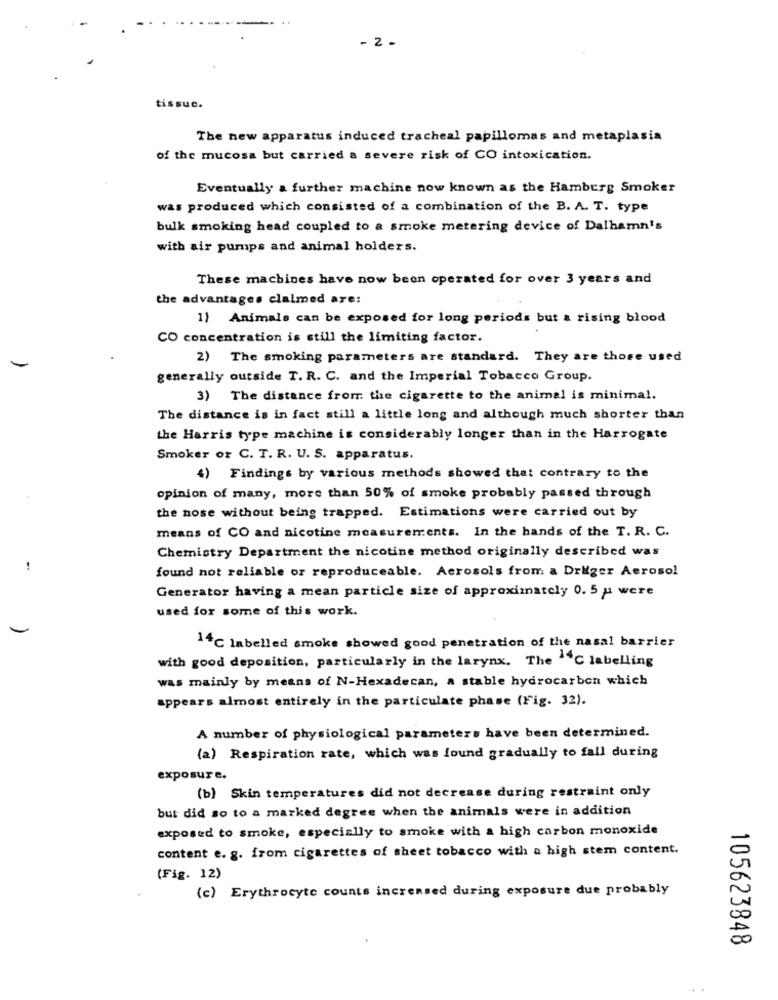
- 2 .
tissuc.
The new apparatus induced tracheal papillomas and metaplasia
of the mucosa but carried a severe risk of CO intoxication.
Eventually a further machine now known as the Hamburg Smoker
was produced which consisted of a combination of the B. A. T. type
bulk smoking head coupled to a smoke metering device of Dalhamn's
with air pumps and animal holders.
These machines have now been operated for over 3 years and
the advantages claimed are:
1) Animals can be exposed for long periods but & rising blood
CO concentration is still the limiting factor.
2) The smoking parameters are standard. They are those used
generally outside T. R. C. and the Imperial Tobacco Group.
3) The distance from the cigarette to the animal is minimal.
The distance is in fact still a little long and although much shorter than
the Harris type machine is considerably longer than in the Harrogate
Smoker or C. T. R. U. S. apparatus.
4) Findings by various methods showed that contrary to the
opinion of many, more than 50% of smoke probably passed through
the nose without being trapped. Estimations were carried out by
means of CO and nicotine measurements. In the hands of the T. R. C.
Chemistry Department the nicotine method originally described was
found not reliable or reproduceable. Aerosols from a Drliger Aerosol
Generator having a mean particle size of approximately 0.5 pt were
used for some of this work.
14℃ labelled smoke showed good penetration of the nasal barrier
with good deposition, particularly in the larynx. The -C labelling
was mainly by means of N-Hexadecan, a stable hydrocarbon which
appears almost entirely in the particulate phase (Fig. 32).
A number of physiological parameters have been determined.
(a) Respiration rate, which was found gradually to fall during
exposure.
(b) Skin temperatures did not decrease during restraint only
but did so to a marked degree when the animals were in addition
exposed to smoke, especially to smoke with a high carbon monoxide
content e. g. from cigarettes of sheet tobacco with a high stem content.
(Fig. 12)
(c) Erythrocyte counts increased during exposure due probably
105623848